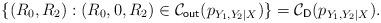
LaTeX: \begin{align*}\{(R_0,R_2): (R_0,0,R_2)\in\mathcal{C}_{\textsf{out}}(p_{Y_1,Y_2|X})\}=\mathcal{C}_{\textsf{D}}(p_{Y_1,Y_2|X}).\end{align*}